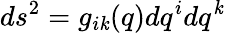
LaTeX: ds^{2}=g_{i\mathit{k}}(q)dq^{i}dq^{\mathit{k}}